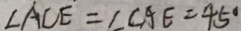
\angle A C E = \angle C A E = 4 5 ^ { \circ }